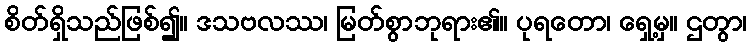
စိတ်ရှိသည်ဖြစ်၍။ ဒသဗလဿ၊ မြတ်စွာဘုရား၏။ ပုရတော၊ ရှေ့မှ။ ဌတွာ၊